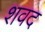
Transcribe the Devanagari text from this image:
शवद